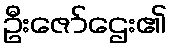
ဦးဇော်ဌေး၏